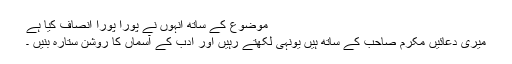
موضوع کے ساتھ انہوں نے پورا پورا انصاف کیا ہے
میری دعائیں مکرم صاحب کے ساتھ ہیں یونہی لکھتے رہیں اور ادب کے آسماں کا روشن ستارہ بنیں ۔